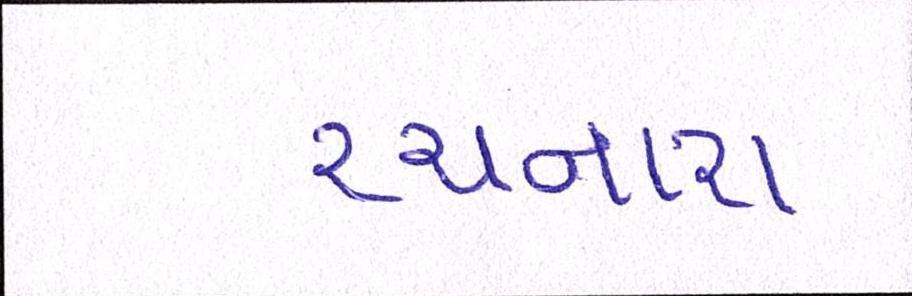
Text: રચનારા